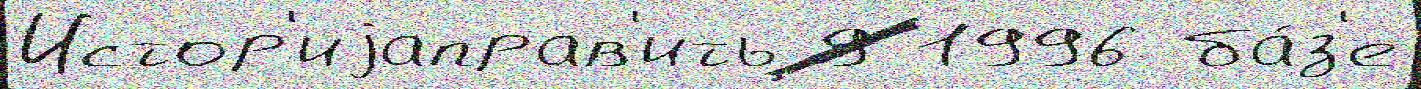
Истор'иjаправ'ить 9 1996 ба́з'е